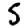
Digit: 5